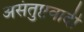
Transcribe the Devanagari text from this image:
असंतुष्टवादी